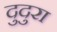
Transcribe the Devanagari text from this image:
दुदुरा